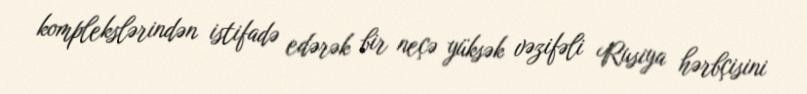
komplekslərindən istifadə edərək bir neçə yüksək vəzifəli Rusiya hərbçisini